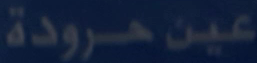
عين-حرودة